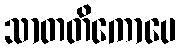
သာတတိကောပေ